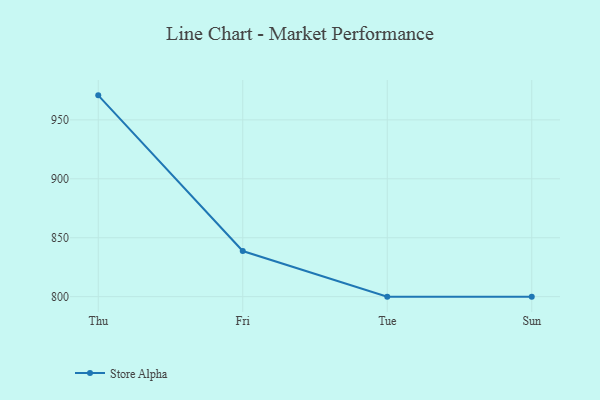
{"axis": {"x": "Day", "y": "Website Visitors"}, "legend": ["Store Alpha"], "data": [{"x": "Thu", "y": 970.8, "type": "Store Alpha"}, {"x": "Fri", "y": 838.7, "type": "Store Alpha"}, {"x": "Tue", "y": 800, "type": "Store Alpha"}, {"x": "Sun", "y": 800, "type": "Store Alpha"}]}